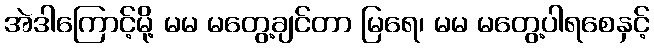
အဲဒါကြောင့်မို့ မမ မတွေ့ချင်တာ မြရေ၊ မမ မတွေ့ပါရစေနှင့်